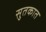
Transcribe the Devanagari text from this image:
सुतकात